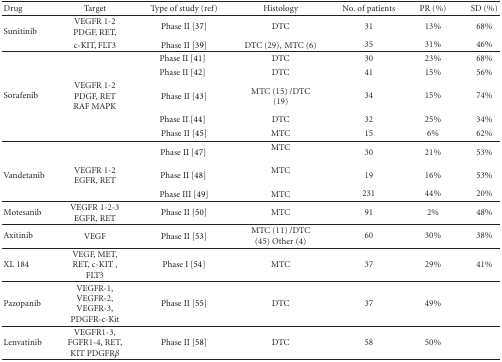
| Drug | Target | Type of study (ref) | Histology | No. of patients | PR (%) | SD (%) |
 | --- | --- | --- | --- | --- | --- | --- |
 | <ROWSPAN=2> Sunitinib | VEGFR 1-2PDGF, RET, | Phase II [37] | DTC | 31 | 13% | 68% |
 | c-KIT, FLT3 | Phase II [39] | DTC (29),MTC (6) | 35 | 31% | 46% |
 |  |  | Phase II [41] | DTC | 30 | 23% | 68% |
 |  |  | Phase II [42] | DTC | 41 | 15% | 56% |
 | Sorafenib | VEGFR 1-2PDGF, RETRAF MAPK | Phase II [43] | MTC (15)/DTC (19) | 34 | 15% | 74% |
 |  |  | Phase II [44] | DTC | 32 | 25% | 34% |
 |  |  | Phase II [45] | MTC | 15 | 6% | 62% |
 |  |  | Phase II [47] | MTC | 30 | 21% | 53% |
 | Vandetanib | VEGFR 1-2EGFR, RET | Phase II [48] | MTC | 19 | 16% | 53% |
 |  |  | Phase III [49] | MTC | 231 | 44% | 20% |
 | Motesanib | VEGFR 1-2-3EGFR, RET | Phase II [50] | MTC | 91 | 2% | 48% |
 | Axitinib | VEGF | Phase II [53] | MTC (11)/DTC (45)Other (4) | 60 | 30% | 38% |
 | XL 184 | VEGF, MET, RET, c-KIT, FLT3 | Phase I [54] | MTC | 37 | 29% | 41% |
 | Pazopanib | VEGFR-1, VEGFR-2, VEGFR-3, PDGFR-c-Kit | Phase II [55] | DTC | 37 | 49% |  |
 | Lenvatinib | VEGFR1-3, FGFR1-4, RET, KIT PDGFRβ | Phase II [58] | DTC | 58 | 50% |  |